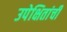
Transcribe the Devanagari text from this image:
उपेक्षितांची